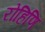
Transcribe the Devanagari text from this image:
रोहिणि